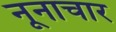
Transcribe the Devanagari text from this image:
नूनाचार